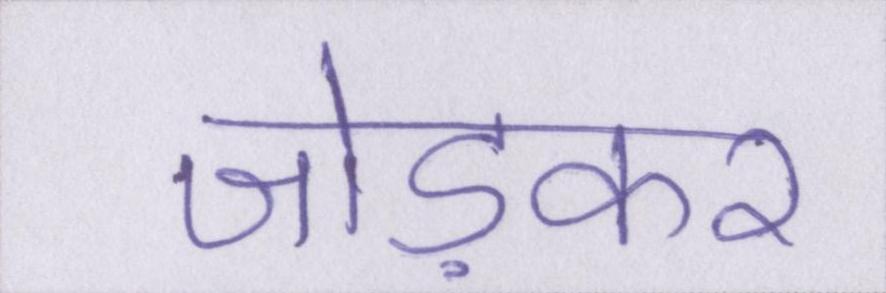
जोड़कर